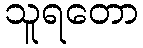
သူရတော